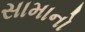
સામાનો